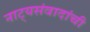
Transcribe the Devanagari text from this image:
नाट्यसंवादांची